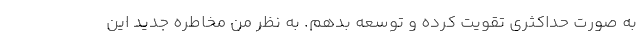
به صورت حداکثری تقویت کرده و توسعه بدهم. به نظر من مخاطره جدید این